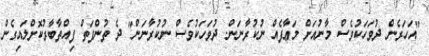
"އަހަރެން ދުވަހަކުވެސް މާނުއަށް މަޢާފެއް ނުކުރާނަން. ދުވަހަކުވެސް ނުކުރާނަން" ދެ ތުންފަތް ފިއްތާބާރުކޮށްލައިގެން